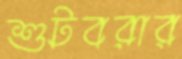
শুটবরার